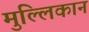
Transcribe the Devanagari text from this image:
मुल्लिकान